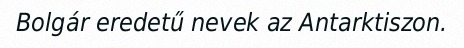
Bolgár eredetű nevek az Antarktiszon.